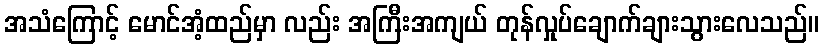
အသံကြောင့် မောင်အံ့ထည်မှာ လည်း အကြီးအကျယ် တုန်လှုပ်ချောက်ချားသွားလေသည်။